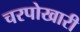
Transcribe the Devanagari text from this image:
चरपोखारी